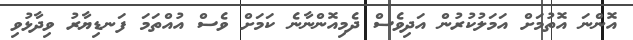
އޮންނަ އޮތުމަށް އަމަލުކުރުން އަދިވެސް ދެމިއޮންނާނެ ކަމަށް ވެސް އުއްތަމަ ފަނޑިޔާރު ވިދާޅުވި